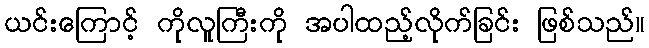
ယင်းကြောင့် ကိုလူကြီးကို အပါထည့်လိုက်ခြင်း ဖြစ်သည်။